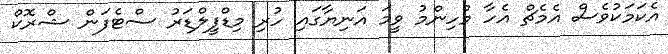
އެކަމަކުވެސް އެމެޗް އެހާ މުހިންމު ވީމަ އަނިޔާގައި ހުރި މިޑްފީލްޑަރު ސްޓެފަން ޝްރޮކް